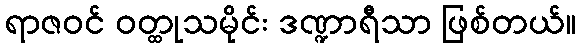
ရာဇဝင် ဝတ္ထုသမိုင်း ဒဏ္ဍာရီသာ ဖြစ်တယ်။